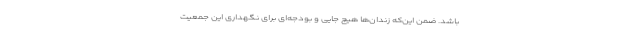
باشد. ضمن این‌که زندان‌ها هیچ جایی و بودجه‌ای برای نگهداری این جمعیت